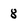
Character: 8